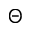
\Theta